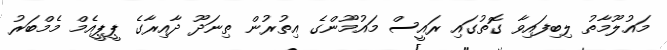
މައުލޫމާތު ލިބިފައިވާ ގޮތުގައި ރައީސް މައުމޫންގެ އިތުރުން ތިނަދޫ ދާއިރާގެ ޕީޕީއެމް މެމްބަރު